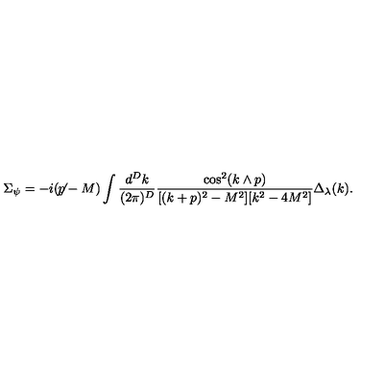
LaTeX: \Sigma _ { \psi } = - i ( \not \! \! p - M ) \int \frac { d ^ { D } k } { ( 2 \pi ) ^ { D } } \frac { \cos ^ { 2 } ( k \wedge p ) } { [ ( k + p ) ^ { 2 } - M ^ { 2 } ] [ k ^ { 2 } - 4 M ^ { 2 } ] } \Delta _ { \lambda } ( k ) .